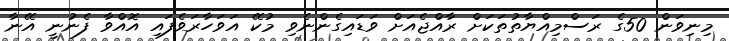
މިނިވަން 50ގެ ރަސްމިއްޔާތުތަކަށް ރާއްޖެއަށް ވަޑައިގެންނެވި މުކޭ އަވަހާރަވެފައި އޮއްވާ ފެނުނީ އޭނާ